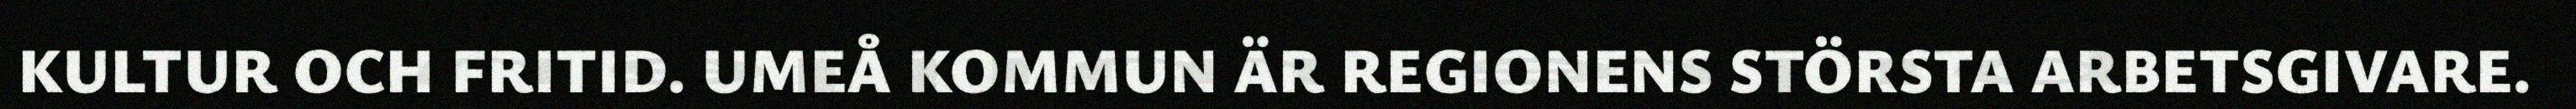
KULTUR OCH FRITID. UMEÅ KOMMUN ÄR REGIONENS STÖRSTA ARBETSGIVARE.